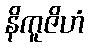
နိကူဇိဟံ